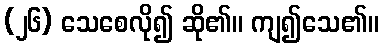
(၂၆) သေစေလို၍ ဆို၏။ ကျ၍သေ၏။